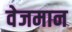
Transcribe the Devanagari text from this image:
वेजमान